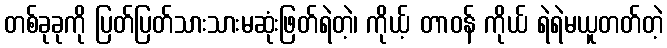
တစ်ခုခုကို ပြတ်ပြတ်သားသားမဆုံးဖြတ်ရဲတဲ့၊ ကိုယ့် တာဝန် ကိုယ် ရဲရဲမယူတတ်တဲ့